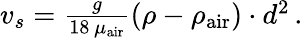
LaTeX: \begin{array}{r}{v_{s}=\frac{g}{18\, \mu_{\mathrm{air}}}(\rho-\rho_{\mathrm{air}})\cdot d^{2}\, .}\end{array}